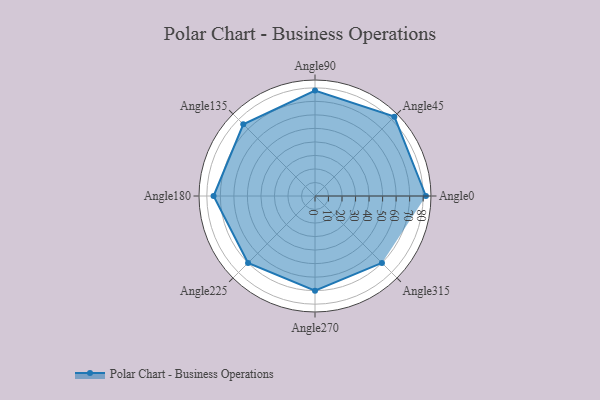
{"axis": {"x": "Angle", "y": "Radius"}, "legend": [""], "data": [{"x": "Angle0", "y": 82.0, "type": ""}, {"x": "Angle45", "y": 83.0, "type": ""}, {"x": "Angle90", "y": 78.0, "type": ""}, {"x": "Angle135", "y": 75.0, "type": ""}, {"x": "Angle180", "y": 75.0, "type": ""}, {"x": "Angle225", "y": 70.0, "type": ""}, {"x": "Angle270", "y": 70.0, "type": ""}, {"x": "Angle315", "y": 70.0, "type": ""}]}